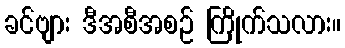
ခင်ဗျား ဒီအစီအစဉ် ကြိုက်သလား။